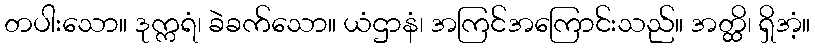
တပါးသော။ ဒုက္ကရံ၊ ခဲခက်သော။ ယံဌာနံ၊ အကြင်အကြောင်းသည်။ အတ္ထိ၊ ရှိအံ့။